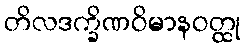
တိလဒက္ခိဏဝိမာနဝတ္ထု